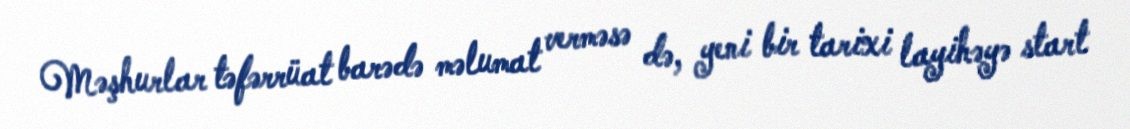
Məşhurlar təfərrüat barədə məlumat verməsə də, yeni bir tarixi layihəyə start